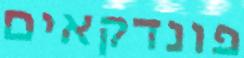
פונדקאים